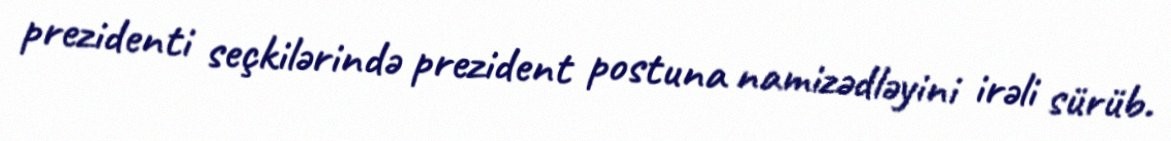
prezidenti seçkilərində prezident postuna namizədləyini irəli sürüb.